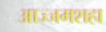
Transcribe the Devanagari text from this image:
आज्जमशहा